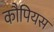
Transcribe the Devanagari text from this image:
कौपियस